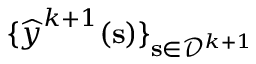
\{ \boldsymbol { { \widehat { y } } } ^ { k + 1 } ( \mathbf { s } ) \} _ { \mathbf { s } \in \mathcal { D } ^ { k + 1 } }